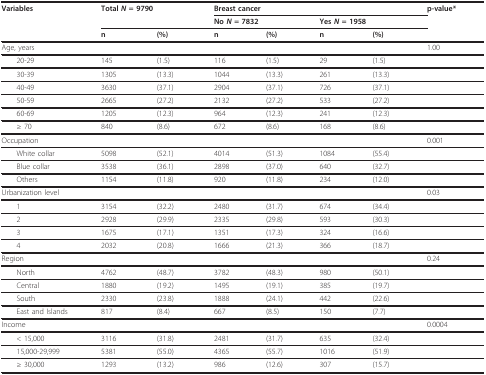
<table><thead><tr><td><b>Variables</b></td><td colspan="2"><b>Total <i>N </i>= 9790</b></td><td colspan="4"><b>Breast cancer</b></td><td><b>p-value*</b></td></tr><tr><td></td><td></td><td></td><td colspan="2"><b>No <i>N </i>= 7832</b></td><td colspan="2"><b>Yes <i>N </i>= 1958</b></td><td></td></tr><tr><td></td><td><b>n</b></td><td><b>(%)</b></td><td><b>n</b></td><td><b>(%)</b></td><td><b>n</b></td><td><b>(%)</b></td><td></td></tr></thead><tbody><tr><td>Age, years</td><td></td><td></td><td></td><td></td><td></td><td></td><td>1.00</td></tr><tr><td> 20-29</td><td>145</td><td>(1.5)</td><td>116</td><td>(1.5)</td><td>29</td><td>(1.5)</td><td></td></tr><tr><td> 30-39</td><td>1305</td><td>(13.3)</td><td>1044</td><td>(13.3)</td><td>261</td><td>(13.3)</td><td></td></tr><tr><td> 40-49</td><td>3630</td><td>(37.1)</td><td>2904</td><td>(37.1)</td><td>726</td><td>(37.1)</td><td></td></tr><tr><td> 50-59</td><td>2665</td><td>(27.2)</td><td>2132</td><td>(27.2)</td><td>533</td><td>(27.2)</td><td></td></tr><tr><td> 60-69</td><td>1205</td><td>(12.3)</td><td>964</td><td>(12.3)</td><td>241</td><td>(12.3)</td><td></td></tr><tr><td> ≥ 70</td><td>840</td><td>(8.6)</td><td>672</td><td>(8.6)</td><td>168</td><td>(8.6)</td><td></td></tr><tr><td>Occupation</td><td></td><td></td><td></td><td></td><td></td><td></td><td>0.001</td></tr><tr><td> White collar</td><td>5098</td><td>(52.1)</td><td>4014</td><td>(51.3)</td><td>1084</td><td>(55.4)</td><td></td></tr><tr><td> Blue collar</td><td>3538</td><td>(36.1)</td><td>2898</td><td>(37.0)</td><td>640</td><td>(32.7)</td><td></td></tr><tr><td> Others</td><td>1154</td><td>(11.8)</td><td>920</td><td>(11.8)</td><td>234</td><td>(12.0)</td><td></td></tr><tr><td>Urbanization level</td><td></td><td></td><td></td><td></td><td></td><td></td><td>0.03</td></tr><tr><td> 1</td><td>3154</td><td>(32.2)</td><td>2480</td><td>(31.7)</td><td>674</td><td>(34.4)</td><td></td></tr><tr><td> 2</td><td>2928</td><td>(29.9)</td><td>2335</td><td>(29.8)</td><td>593</td><td>(30.3)</td><td></td></tr><tr><td> 3</td><td>1675</td><td>(17.1)</td><td>1351</td><td>(17.3)</td><td>324</td><td>(16.6)</td><td></td></tr><tr><td> 4</td><td>2032</td><td>(20.8)</td><td>1666</td><td>(21.3)</td><td>366</td><td>(18.7)</td><td></td></tr><tr><td>Region</td><td></td><td></td><td></td><td></td><td></td><td></td><td>0.24</td></tr><tr><td> North</td><td>4762</td><td>(48.7)</td><td>3782</td><td>(48.3)</td><td>980</td><td>(50.1)</td><td></td></tr><tr><td> Central</td><td>1880</td><td>(19.2)</td><td>1495</td><td>(19.1)</td><td>385</td><td>(19.7)</td><td></td></tr><tr><td> South</td><td>2330</td><td>(23.8)</td><td>1888</td><td>(24.1)</td><td>442</td><td>(22.6)</td><td></td></tr><tr><td> East and Islands</td><td>817</td><td>(8.4)</td><td>667</td><td>(8.5)</td><td>150</td><td>(7.7)</td><td></td></tr><tr><td>Income</td><td></td><td></td><td></td><td></td><td></td><td></td><td>0.0004</td></tr><tr><td> &lt; 15,000</td><td>3116</td><td>(31.8)</td><td>2481</td><td>(31.7)</td><td>635</td><td>(32.4)</td><td></td></tr><tr><td> 15,000-29,999</td><td>5381</td><td>(55.0)</td><td>4365</td><td>(55.7)</td><td>1016</td><td>(51.9)</td><td></td></tr><tr><td> ≥ 30,000</td><td>1293</td><td>(13.2)</td><td>986</td><td>(12.6)</td><td>307</td><td>(15.7)</td><td></td></tr></tbody></table>